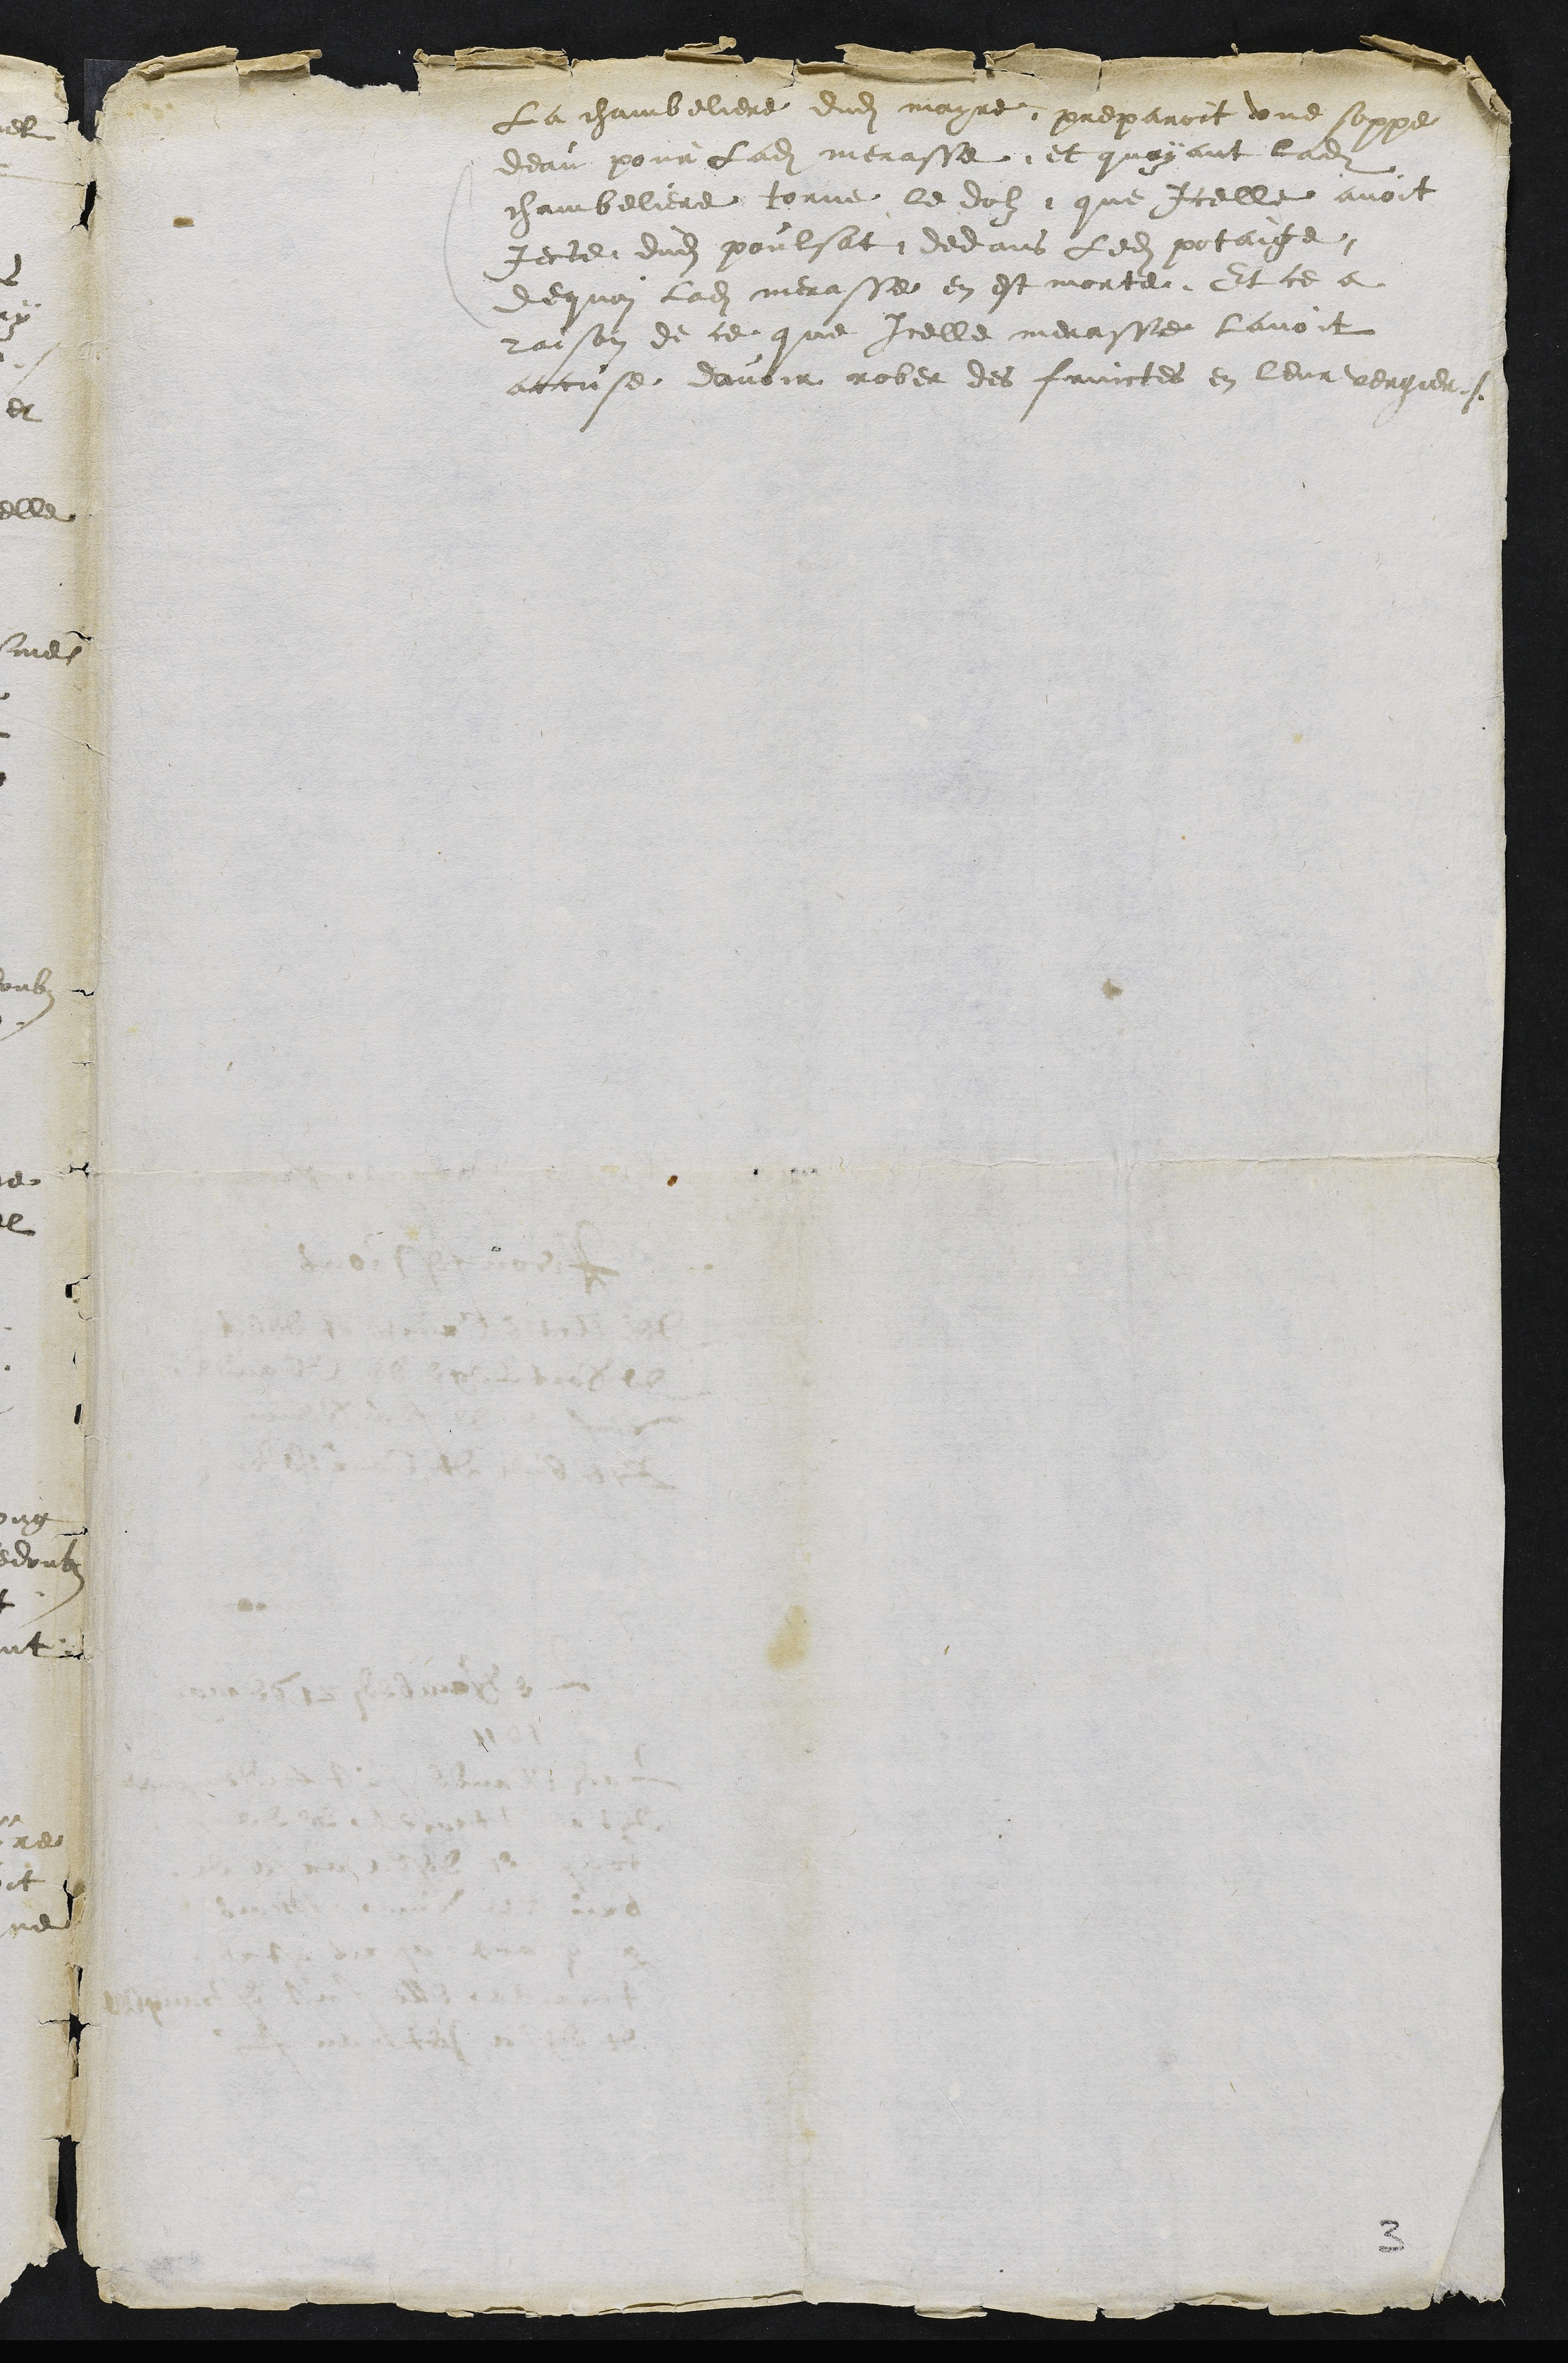
La chambeliere dudit mayre preparoit une soppe
deau pour ladite merasse et quayant ladite
chambeliere torne le dolz, que Icelle avoit
Jecte dudit poulsat dedans ledit potaige
de quoy ladite merasse en est morte Et ce a
raison de ce que Icelle merasse lavoit
accusee davoir rober des fruictes en leur vergier